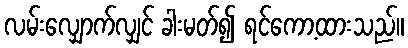
လမ်းလျှောက်လျှင် ခါးမတ်၍ ရင်ကော့ထားသည်။